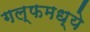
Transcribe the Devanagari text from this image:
गल्फमध्ये